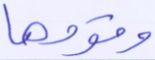
وقومها